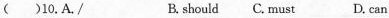
( )10.A./ B. should C.must D. Can